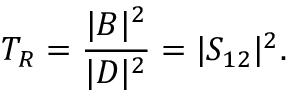
T _ { R } = { \frac { | B | ^ { 2 } } { | D | ^ { 2 } } } = | S _ { 1 2 } | ^ { 2 } .